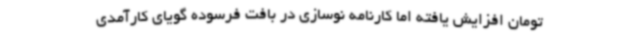
تومان افزایش یافته اما کارنامه نوسازی در بافت فرسوده گویای کارآمدی